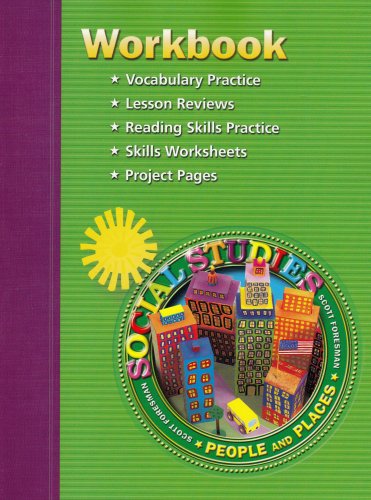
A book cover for Scott Foresmen Social Studies Workbook, Grade 2; Scott Foresman; Children's Books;